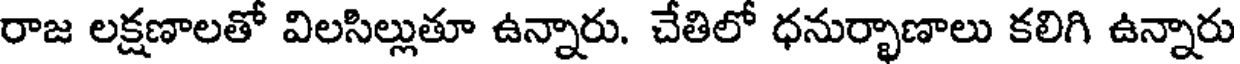
రాజ లక్షణాలతో విలసిల్లుతూ ఉన్నారు. చేతిలో ధనుర్భాణాలు కలిగి ఉన్నారు